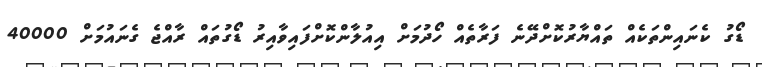
ޑޯގު ކެނައިންތަކެއް ތައްޔާރުކޮށްދޭނެ ފަރާތެއް ހޯދުމަށް އިއުލާންކޮށްފައިވާއިރު ޑޯގުތައް ރާއްޖެ ގެނައުމަށް 40000